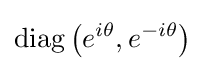
\mathrm {diag} \left(e^{i\theta },e^{-i\theta }\right)